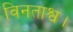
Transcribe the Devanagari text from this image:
विनताश्व।